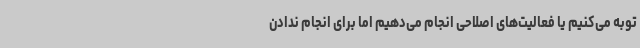
توبه می‌کنیم یا فعالیت‌های اصلاحی انجام می‌دهیم اما برای انجام ندادن